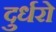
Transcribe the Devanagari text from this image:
दुर्धरो